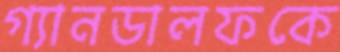
গ্যানডালফকে